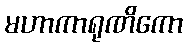
မဟာကာရုဏိကော